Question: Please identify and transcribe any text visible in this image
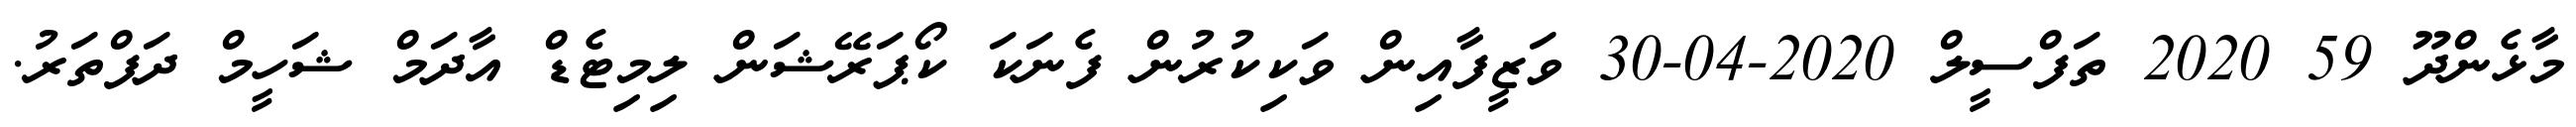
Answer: މާޅެންދޫ 59 2020 ތަފްސީލް 2020-04-30 ވަޒީފާއިން ވަކިކުރުން ފެނަކަ ކޯޕަރޭޝަން ލިމިޓެޑް އާދަމް ޝަހީމް ދަފްތަރު.